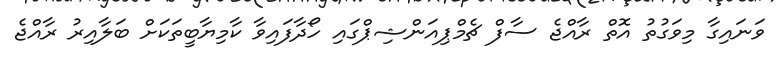
ވަނައިގާ މިވަގުތު އޮތް ރާއްޖެ ސާފް ޗެމްޕިއަންޝިޕްގައި ހޯދާފައިވާ ކާމިޔާބީތަކަށް ބަލާއިރު ރާއްޖެ